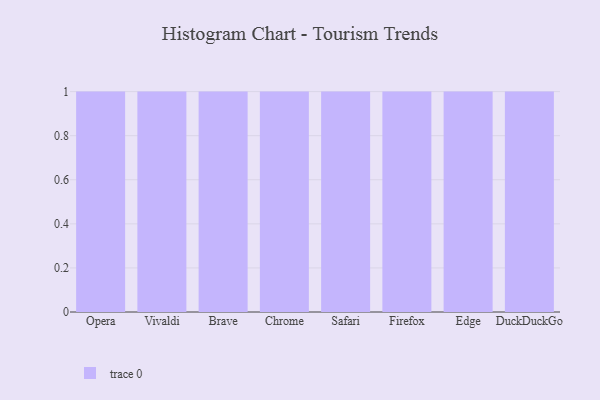
{"axis": {"x": "Browser", "y": "Budget (USD K)"}, "legend": [""], "data": [{"x": "Opera", "y": 77, "type": ""}, {"x": "Vivaldi", "y": 48, "type": ""}, {"x": "Brave", "y": 73, "type": ""}, {"x": "Chrome", "y": 60, "type": ""}, {"x": "Safari", "y": 40, "type": ""}, {"x": "Firefox", "y": 48, "type": ""}, {"x": "Edge", "y": 21, "type": ""}, {"x": "DuckDuckGo", "y": 73, "type": ""}]}